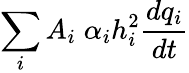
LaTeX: \sum_{i}A_{i}\; \alpha_{i}h_{i}^{2}\frac{dq_{i}}{dt}